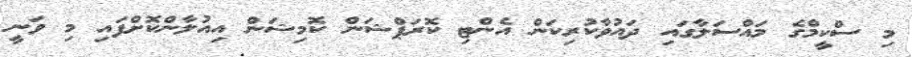
މި ސްކީމްގެ މައްސަލާގައި ދައުވާކުރިކަން އެންޓި ކޮރަޕްޝަން ކޮމިޝަން އިއުލާންކޮށްފައި މި ވަނީ